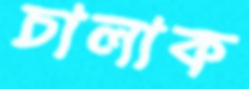
চালাক